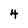
Character: 4